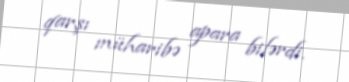
qarşı müharibə apara bilərdi.